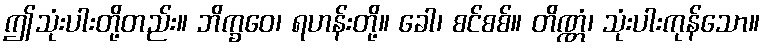
ဤသုံးပါးတို့တည်း။ ဘိက္ခဝေ၊ ရဟန်းတို့။ ခေါ၊ စင်စစ်။ တိဏ္ဏံ၊ သုံးပါးကုန်သော။